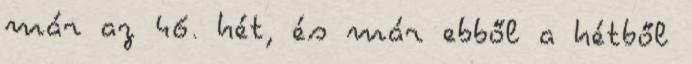
már az 46. hét, és már ebből a hétből